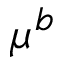
\mu ^ { b }